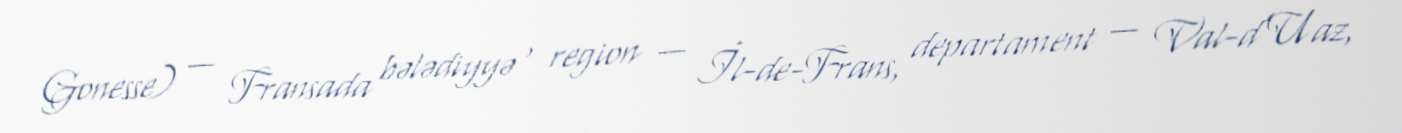
Gonesse) — Fransada bələdiyyə , region — İl-de-Frans, departament — Val-d’Uaz,